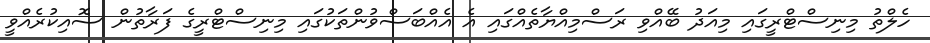
ހެލްތު މިނިސްޓްރީގައި މިއަދު ބޭއްވި ރަސްމިއްޔާތެއްގައި އެ އެއްބަސްވުންތަކުގައި މިނިސްޓްރީގެ ފަރާތުން ސޮއިކުރެއްވީ